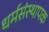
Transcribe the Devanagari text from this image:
धर्मसंस्थापक